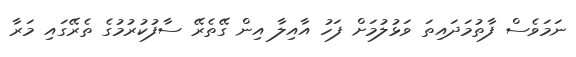
ނަމަވެސް ފާތުމަދައިތަ ވަޅުލުމަށް ފަހު އާއިލާ އިން ގޭތެރޭ ސާފުކުރުމުގެ ތެރޭގައި މަރާ